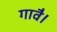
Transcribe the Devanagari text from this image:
गावै।